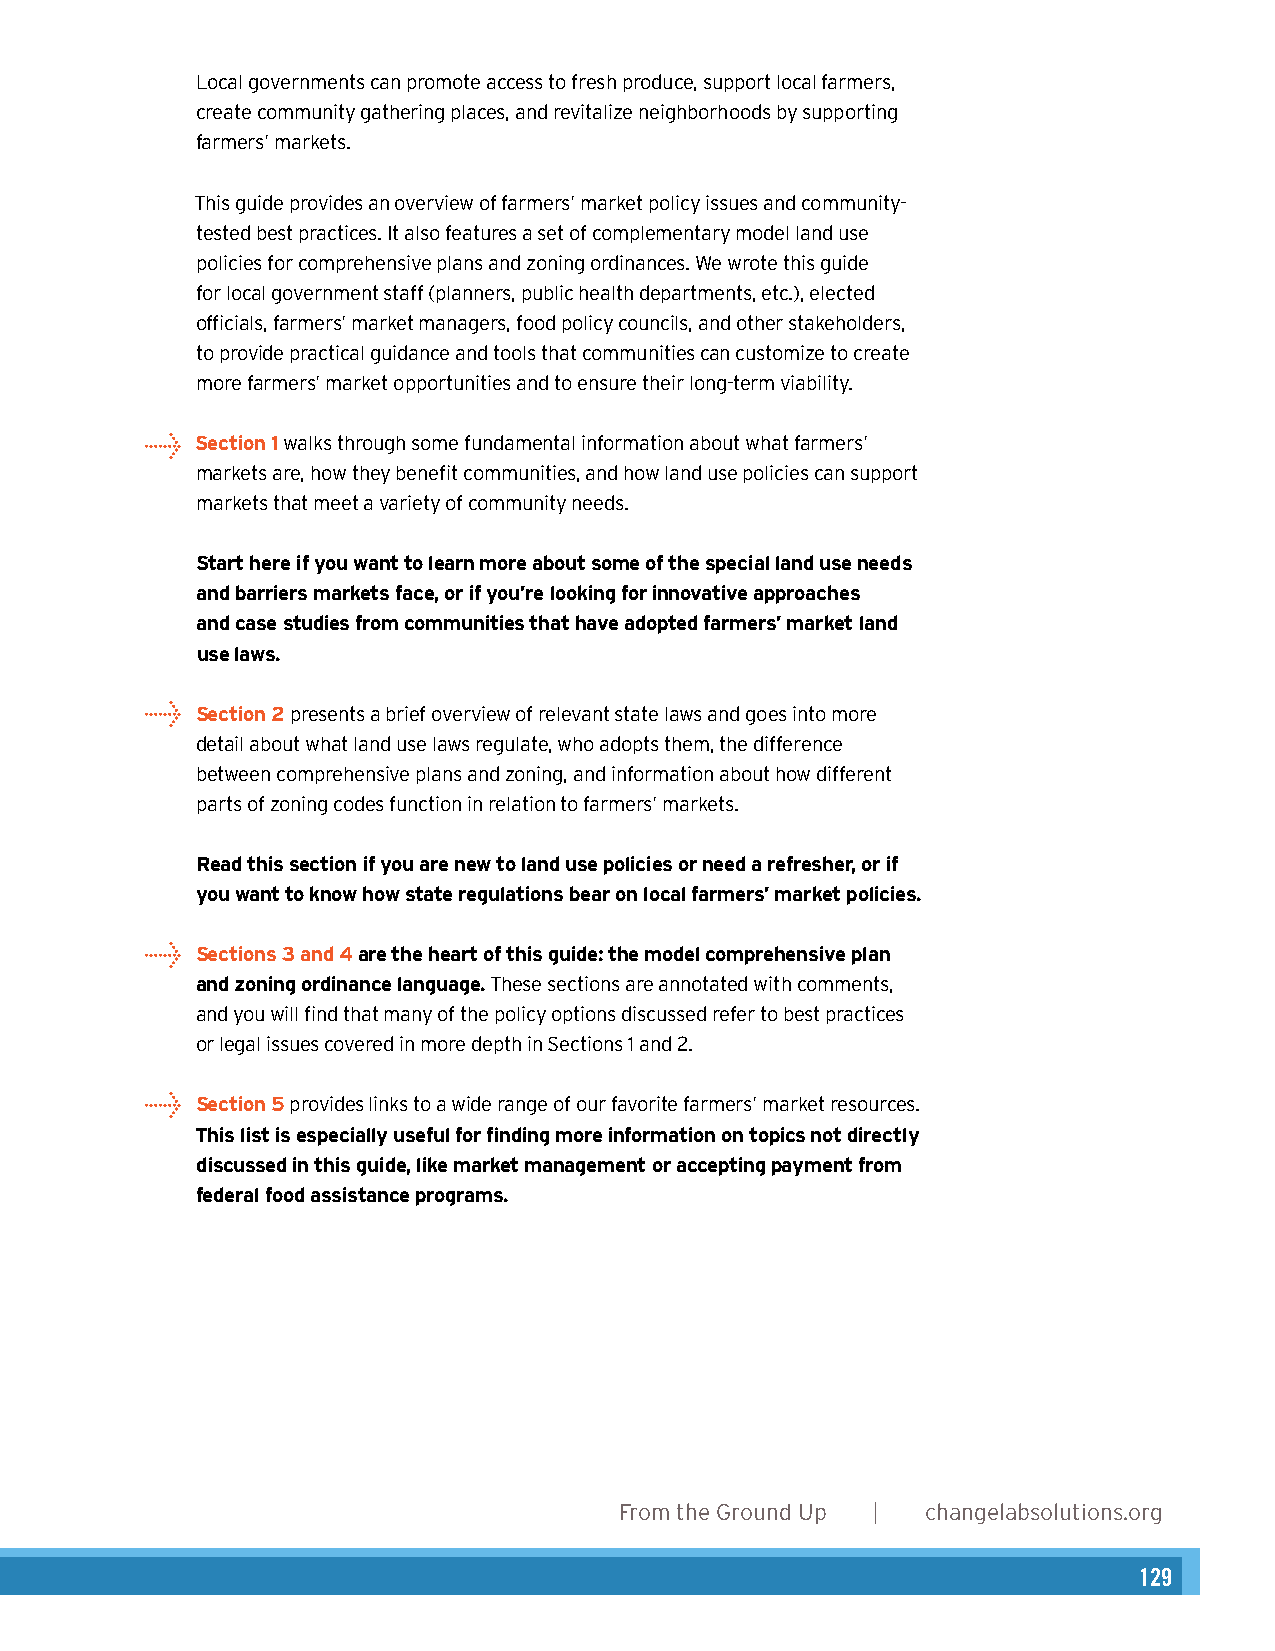
Local governments can promote access to fresh produce, support local farmers,
 Authors
 create community gathering places, and revitalize neighborhoods by supporting
 Heather Wooten, MCP, Senior Planner & Program Director
 farmers’ markets.
 Amy Ackerman, JD, Consulting Attorney
 This guide provides an overview of farmers’ market policy issues and community-
 tested best practices. It also features a set of complementary model land use
 Acknowledgements
 policies for comprehensive plans and zoning ordinances. We wrote this guide
 for local government staff (planners, public health departments, etc.), elected Angela Hadwin, MCP, Healthy Planning Fellow
 officials, farmers’ market managers, food policy councils, and other stakeholders,
 to provide practical guidance and tools that communities can customize to create
 Graphic Design
 more farmers’ market opportunities and to ensure their long-term viability.
 Karen Parry | Black Graphics
 →  Section 1 walks through some fundamental information about what farmers’
 markets are, how they benefit communities, and how land use policies can support
 Photos
 markets that meet a variety of community needs.
 Karen Parry (pages 4, 18, and 26), Lydia Daniller (pages 6, 16, 23, 30, and 35), and
 Start here if you want to learn more about some of the special land use needs
 FlickrCreative Commons: Anuj Biyani (page 10), muffet (page 12), John Loo (page 14),
 and barriers markets face, or if you’re looking for innovative approaches
 andalexander.steed (page 15).
 and case studies from communities that have adopted farmers’ market land
 use laws.
 →  Section 2 presents a brief overview of relevant state laws and goes into more
 detail about what land use laws regulate, who adopts them, the difference
 between comprehensive plans and zoning, and information about how different
 parts of zoning codes function in relation to farmers’ markets.
 Read this section if you are new to land use policies or need a refresher, or if
 you want to know how state regulations bear on local farmers’ market policies.
 →  Sections 3 and 4 are the heart of this guide: the model comprehensive plan
 and zoning ordinance language. These sections are annotated with comments,
 and you will find that many of the policy options discussed refer to best practices
 or legal issues covered in more depth in Sections 1 and 2.
 →  Section 5 provides links to a wide range of our favorite farmers’ market resources.
 This list is especially useful for finding more information on topics not directly
 discussed in this guide, like market management or accepting payment from
 federal food assistance programs.
 2      From the Ground Up | changelabsolutions.org
 128                                                                        129
 changelabsolutions.org | From the Ground Up 5